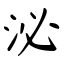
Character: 泌